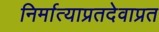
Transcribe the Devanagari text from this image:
निर्मात्याप्रतदेवाप्रत